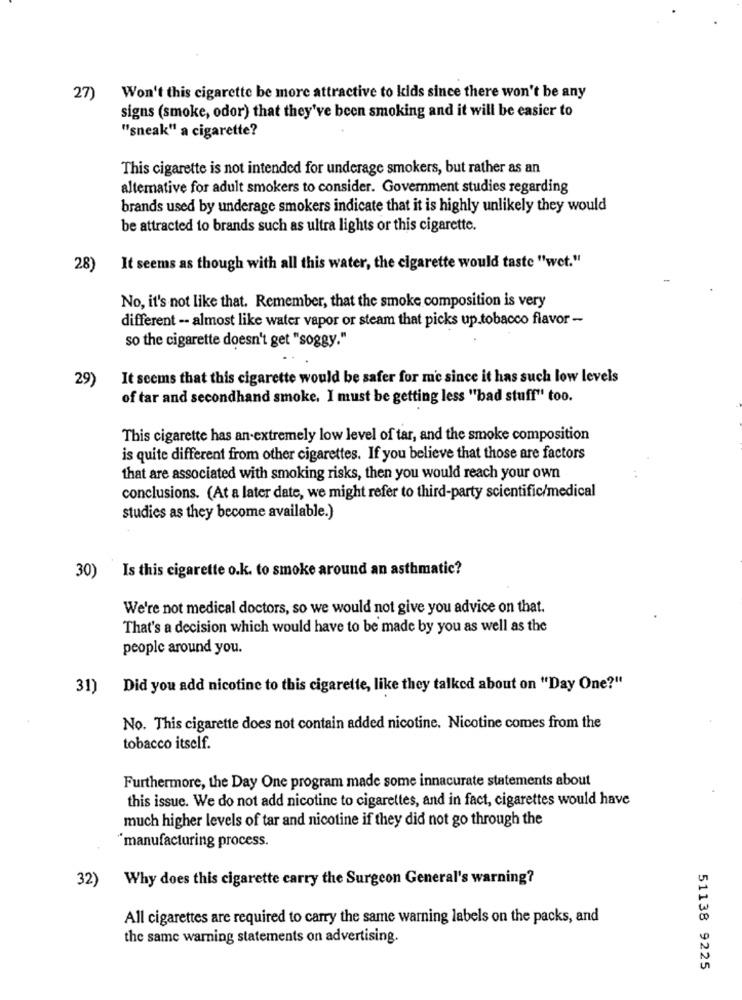
27)
Won't this cigarette be more attractive to kids since there won't be any
signs (smoke, odor) that they've been smoking and it will be easier to
"sneak" a cigarette?
This cigarette is not intended for underage smokers, but rather as an
alternative for adult smokers to consider. Government studies regarding
brands used by underage smokers indicate that it is highly unlikely they would
be attracted to brands such as ultra lights or this cigarette.
28)
It seems as though with all this water, the cigarette would taste "wet."
No, it's not like that. Remember, that the smoke composition is very
different -- almost like water vapor or steam that picks up.tobacco flavor -
so the cigarette doesn't get "soggy."
29)
It seems that this cigarette would be safer for me since it has such low levels
of tar and secondhand smoke. I must be getting less "bad stuff" too.
This cigarette has an-extremely low level of tar, and the smoke composition
is quite different from other cigarettes. If you believe that those are factors
that are associated with smoking risks, then you would reach your own
conclusions. (At a later date, we might refer to third-party scientific/medical
studies as they become available.)
Is this cigarette o.k. to smoke around an asthmatic?
30)
We're not medical doctors, so we would not give you advice on that.
That's a decision which would have to be made by you as well as the
people around you.
31)
Did you add nicotine to this cigarette, like they talked about on "Day One?"
No. This cigarette does not contain added nicotine. Nicotine comes from the
tobacco itself.
Furthermore, the Day One program made some innacurate statements about
this issue. We do not add nicotine to cigarettes, and in fact, cigarettes would have
much higher levels of tar and nicotine if they did not go through the
manufacturing process.
32)
Why does this cigarette carry the Surgeon General's warning?
All cigarettes are required to carry the same warning labels on the packs, and
the same warning statements on advertising.
51138 9225